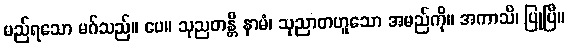
မည်ရသော မဂ်သည်။ ပေ။ သုညတန္တီ နာမံ၊ သုညာတဟူသော အမည်ကို။ အကာသိ၊ ပြုပြီ။